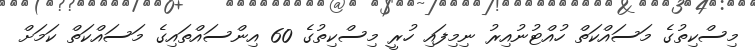
މިސްކިތުގެ މަސައްކަތް ހުއްޓުނުއިރު ނިމިފައި ހުރީ މިސްކިތުގެ 60 އިންސައްތައިގެ މަސައްކަތް ކަމަށް